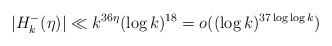
LaTeX: \begin{align*}|H_k^-(\eta)|\ll k^{36\eta}(\log k)^{18}=o((\log k)^{37\log\log k})\end{align*}